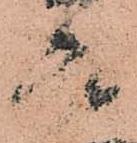
庫